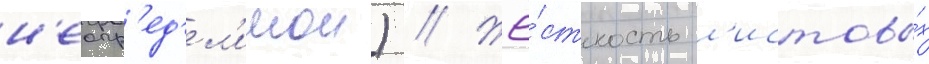
н'еопр'ед'ел'имои) // Жё́сткость л'истовы́х